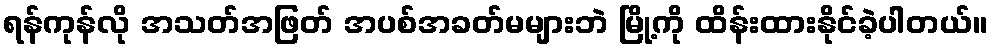
ရန်ကုန်လို အသတ်အဖြတ် အပစ်အခတ်မများဘဲ မြို့ကို ထိန်းထားနိုင်ခဲ့ပါတယ်။